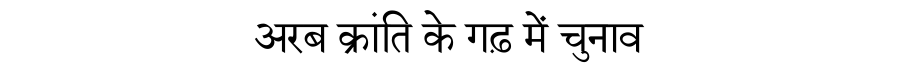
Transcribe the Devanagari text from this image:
अरब क्रांति के गढ़ में चुनाव